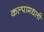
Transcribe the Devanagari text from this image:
कल्पामधली